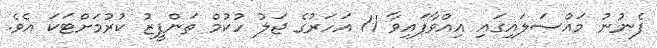
ފެނުނު މައްސަލައިގައި އިއްވާފައިވާ 11 އަހަރުގެ ޖަލު ހުކުމް ތަންފީޒު ކުރުމަށްޓަކަ އެވެ.